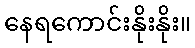
နေရကောင်းနိုးနိုး။